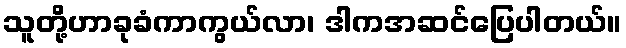
သူတို့ဟာခုခံကာကွယ်လာ၊ ဒါကအဆင်ပြေပါတယ်။